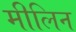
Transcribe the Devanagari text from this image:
मीलिन